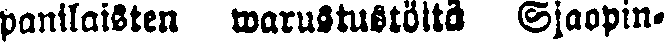
panilaisten warustustöitä Sjaopin-